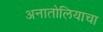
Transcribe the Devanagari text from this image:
अनातोलियाचा